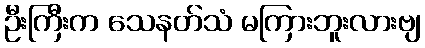
ဦးကြီးက သေနတ်သံ မကြားဘူးလားဗျ